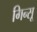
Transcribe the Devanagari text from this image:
गिन्सू